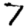
Digit: 7